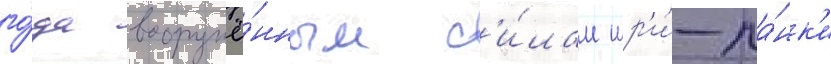
го́да вооружё́нным с'и́лам шр'и́-ла́нк'и